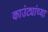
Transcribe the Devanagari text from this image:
काउंट्यांच्या